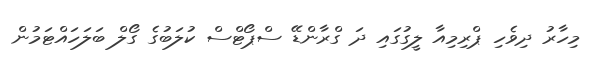
މިހާރު ދިވެހި ޕްރިމިއާ ލީގުގައި ދަ ގްރާންޑޭ ސްޕޯޓްސް ކުލަބުގެ ގޯލް ބަލަހައްޓަމުން